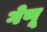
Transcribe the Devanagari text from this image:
गेणू